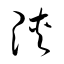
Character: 陝